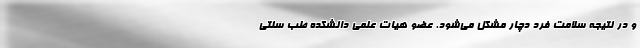
و در نتیجه سلامت فرد دچار مشکل می‌شود. عضو هیات علمی دانشکده طب سنتی